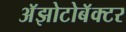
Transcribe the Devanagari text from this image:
अॅझोटोबॅक्टर